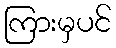
ကြားမှပင်